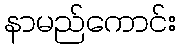
နာမည်ကောင်း